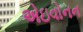
એઇવોનન